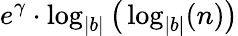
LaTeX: e^{\gamma}\cdot\log_{|b|}{\big(}\log_{|b|}(n){\big)}